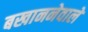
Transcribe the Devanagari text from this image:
बखाननेवाले